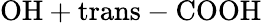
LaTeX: \mathrm{OH+trans-COOH}